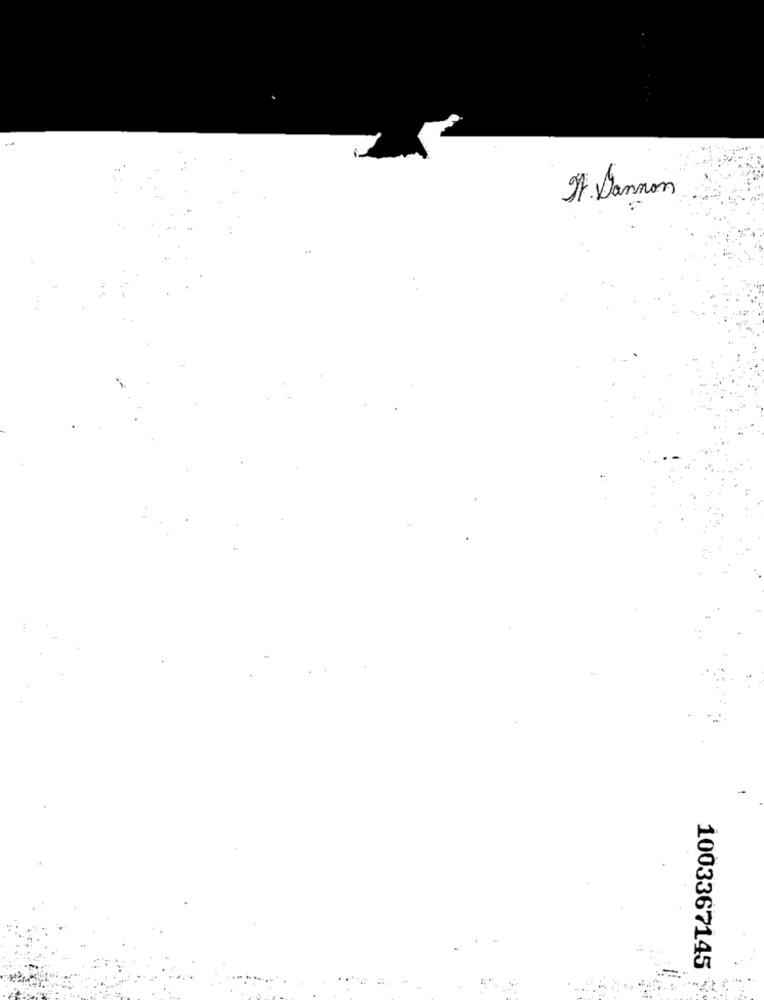
D. Dannon
1003367145